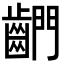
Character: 𪘶